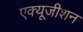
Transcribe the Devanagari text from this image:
एक्यूजीशन